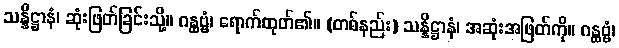
သန္နိဋ္ဌာနံ၊ ဆုံးဖြတ်ခြင်းသို့။ ဂန္ထဗ္ဗံ၊ ရောက်ထုတ်၏။ (တစ်နည်း) သန္နိဋ္ဌာနံ၊ အဆုံးအဖြတ်ကို။ ဂန္ထဗ္ဗံ၊